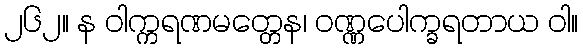
၂၆၂။ န ဝါက္ကရဏမတ္တေန၊ ဝဏ္ဏပေါက္ခရတာယ ဝါ။